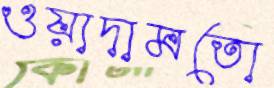
ওয়াদামতো